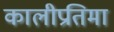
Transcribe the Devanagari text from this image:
कालीप्रतिमा